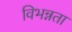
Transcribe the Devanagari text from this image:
विभन्नता